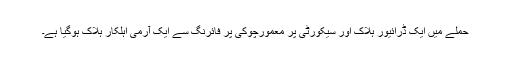
حملے میں ایک ڈرائیور ہلاک اور سیکورٹی پر معمورچوکی پر فائرنگ سے ایک آرمی اہلکار ہلاک ہوگیا ہے۔